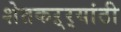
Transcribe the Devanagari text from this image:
शेतकऱ्र्‍यांठी